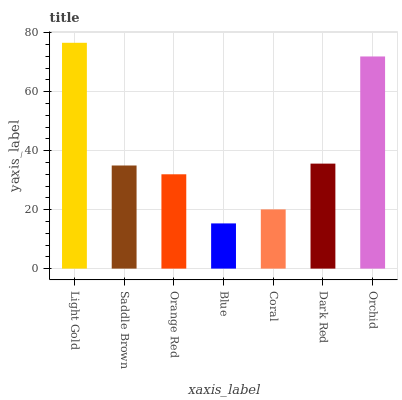
| xaxis_label | bars |
 | --- | --- |
 | Light Gold | 76.6 |
 | Saddle Brown | 35 |
 | Orange Red | 32 |
 | Blue | 15.3 |
 | Coral | 20.1 |
 | Dark Red | 35.6 |
 | Orchid | 72 |